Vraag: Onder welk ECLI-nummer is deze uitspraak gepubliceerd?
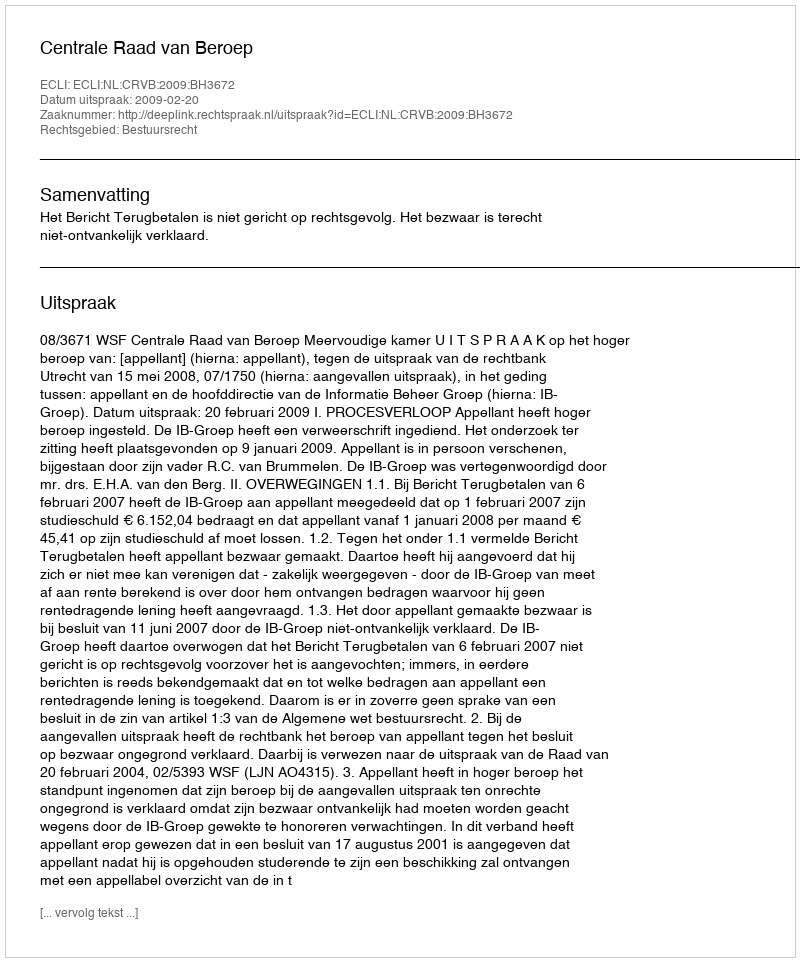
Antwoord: ECLI:NL:CRVB:2009:BH3672